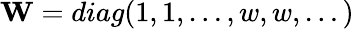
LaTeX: \textbf{W}=diag(1,1,\dots{},w,w,\dots{})